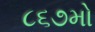
૮૬૭મો